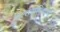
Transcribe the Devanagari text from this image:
उत्‍तराधिकारी